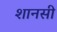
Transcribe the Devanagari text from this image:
शानसी